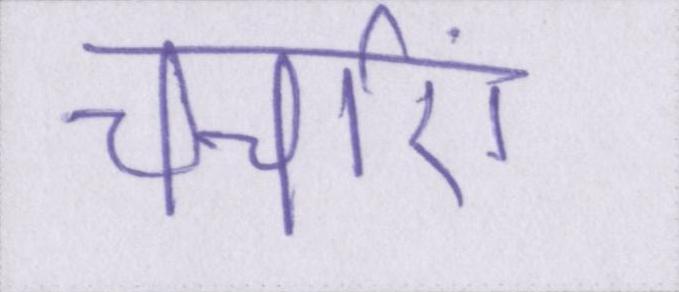
चर्चाएं